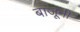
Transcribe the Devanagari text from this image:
बाजूनीं